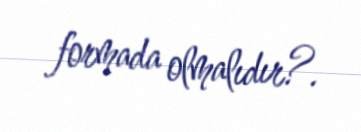
formada olmalıdır?.